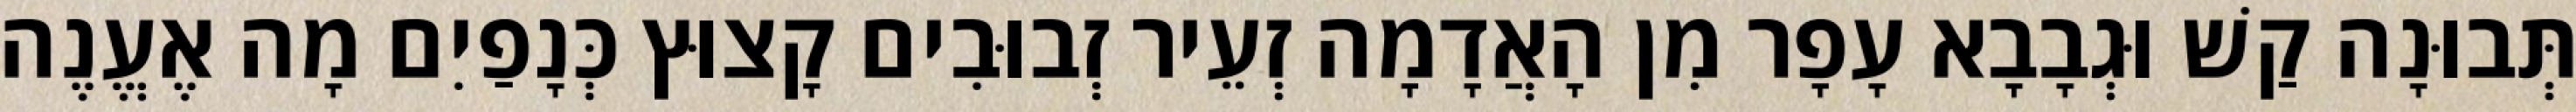
תְּבוּנָה קַשׁ וּגְבָבָא עָפָר מִן הָאֲדָמָה זְעֵיר זְבוּבִים קָצוּץ כְּנָפַיִם מָה אֶעֱנֶה